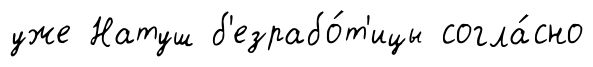
уже Натуш б'езрабо́т'ицы согла́сно